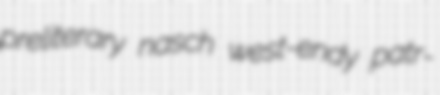
preliterary nasch west-endy patr-